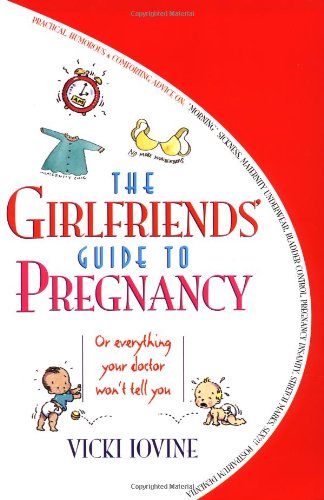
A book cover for The Girlfriends' Guide to Pregnancy: Or everything your doctor won't tell you; Vicki Iovine; Humor & Entertainment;